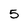
Character: 5